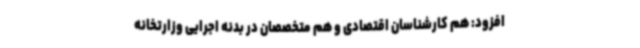
افزود: هم کارشناسان اقتصادی و هم متخصصان در بدنه اجرایی وزارتخانه